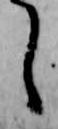
し